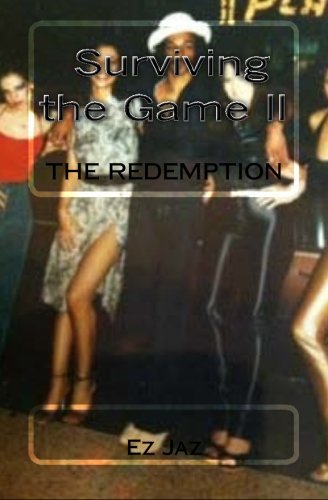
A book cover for Surviving the Game II: the redemption; Ez Jaz; Romance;